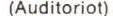
(Auditoriot)